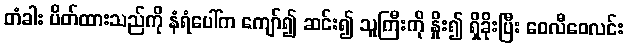
တံခါး ပိတ်ထားသည်ကို နံရံပေါ်က ကျော်၍ ဆင်း၍ သူကြီးကို နှိုး၍ ရှိခိုးပြီး ဝေလီဝေလင်း